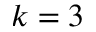
k = 3